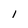
Character: 1